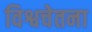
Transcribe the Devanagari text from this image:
विश्वचेतना